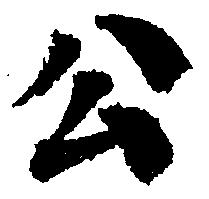
公